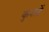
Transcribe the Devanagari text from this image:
कुवाडें